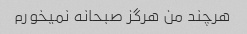
هرچند من هرگز صبحانه نمیخورم